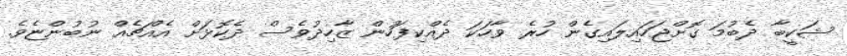
ޝަކީބާ ދެބުމަ ގޮށްޖަހައިލައިގެން ހުރެ ވާހަކަ ދެއްކިފަހުން ޒާހިދުވެސް ދެކޮޅަށް އެއްޗެއް ނުބުންޏެވެ.